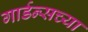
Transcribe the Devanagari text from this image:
गार्डन्सच्या